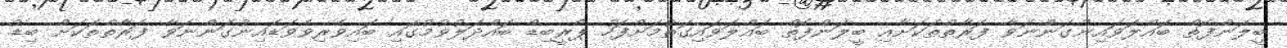
ބީލަންފޮތް ބައްލަވައިނުގަންނަވާ ފަރާތްތަކަށާއި ބީލަންފޮތް ބައްލަވައިގަތުމަށްފަހު ޕްރީބިޑް ބައްދަލުވުމުގައި ބައިވެރިވެވަޑައިނުގަންނަވާ ފަރާތްތަކަށް ބިޑު